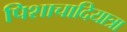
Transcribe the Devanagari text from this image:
पिशाचादियात्रा